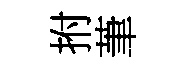
拊茟